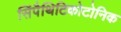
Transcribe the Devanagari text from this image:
सिंपैथिटिकोटोनिक